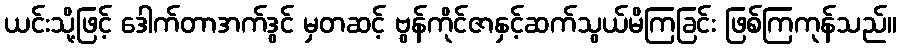
ယင်းသို့ဖြင့် ဒေါက်တာအက်ဒွင် မှတဆင့် ဗွန်ကိုင်ဇာနှင့်ဆက်သွယ်မိကြခြင်း ဖြစ်ကြကုန်သည်။